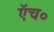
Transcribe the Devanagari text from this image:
एॅच०